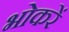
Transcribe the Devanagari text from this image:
भोकरें